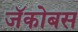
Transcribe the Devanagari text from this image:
जॅकोबस